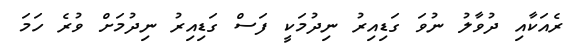
ރެއަކާއި ދުވާލު ނުވަ ގަޑިއިރު ނިދުމަކީ ފަސް ގަޑިއިރު ނިދުމަށް ވުރެ ހަމަ